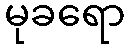
မုခရော